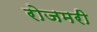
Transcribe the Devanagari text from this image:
रोजमरी